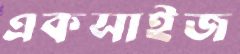
একসাইজ